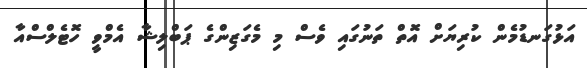
އަޅުގަނޑުމެން ކުރިޔަށް އޮތް ތަނުގައި ވެސް މި މެގަޒިންގެ ޕަބްލިޝާ އެމްވީ ހޮޓެލްސްއާ